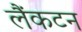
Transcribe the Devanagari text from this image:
लैंकटन